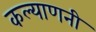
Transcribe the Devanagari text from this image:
कल्याणनी